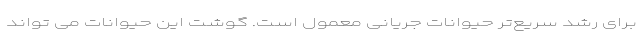
برای رشد سریع‌تر حیوانات جریانی معمول است. گوشت این حیوانات می تواند